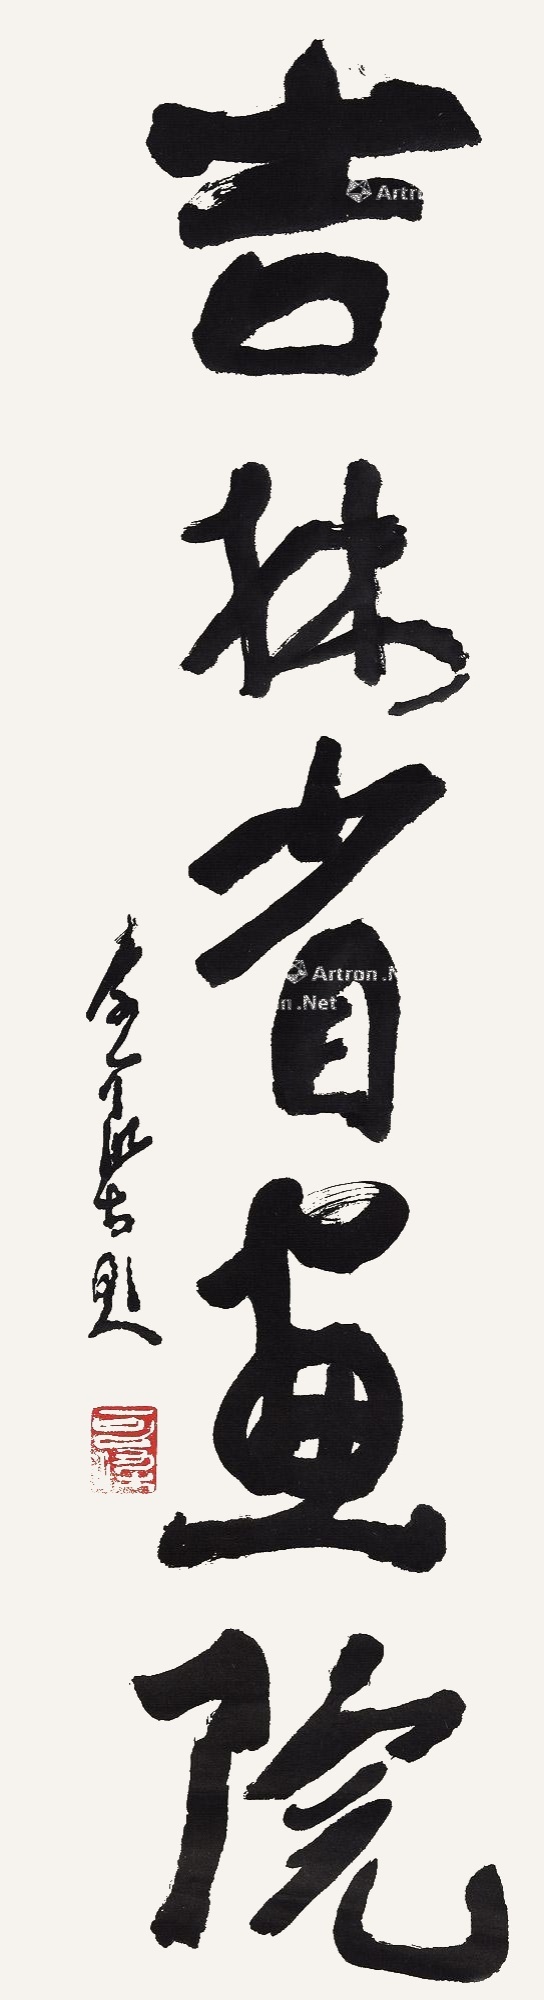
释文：吉林省画院李可染题。